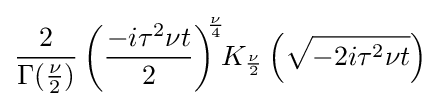
{\frac {2}{\Gamma ({\frac {\nu }{2}})}}\left({\frac {-i\tau ^{2}\nu t}{2}}\right)^{\!\!{\frac {\nu }{4}}}\!\!K_{\frac {\nu }{2}}\left({\sqrt {-2i\tau ^{2}\nu t}}\right)